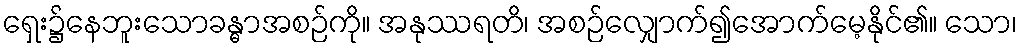
ရှေး၌နေဘူးသောခန္ဓာအစဉ်ကို။ အနုဿရတိ၊ အစဉ်လျှောက်၍အောက်မေ့နိုင်၏။ သော၊